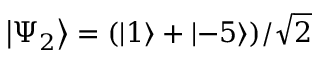
\left\lvert \Psi _ { 2 } \right\rangle = ( \left\lvert 1 \right\rangle + \left\lvert - 5 \right\rangle ) / \sqrt { 2 }